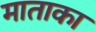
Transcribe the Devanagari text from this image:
माताका